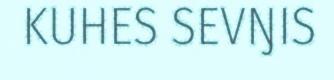
KUHES SEVŊIS